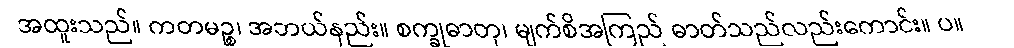
အထူးသည်။ ကတမဉ္စ၊ အဘယ်နည်း။ စက္ခုဓာတု၊ မျက်စိအကြည် ဓာတ်သည်လည်းကောင်း။ ပ။